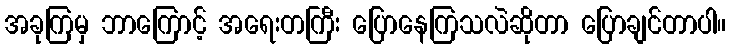
အခုကြမှ ဘာကြောင့် အရေးတကြီး ပြောနေကြသလဲဆိုတာ ပြောချင်တာပါ။